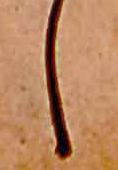
し